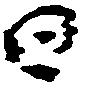
日